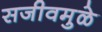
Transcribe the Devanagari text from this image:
सजीवमुळे